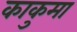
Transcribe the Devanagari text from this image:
काकुमा